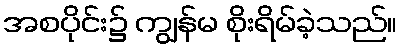
အစပိုင်း၌ ကျွန်မ စိုးရိမ်ခဲ့သည်။